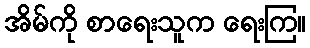
အိမ်ကို စာရေးသူက ရေးကြ။